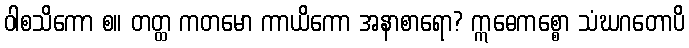
ဝါစသိကော စ။ တတ္ထ ကတမော ကာယိကော အနာစာရော? ဣဓေကစ္စော သံဃဂတောပိ